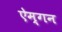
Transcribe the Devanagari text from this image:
ऐम्गन